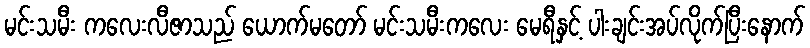
မင်းသမီး ကလေးလီဇာသည် ယောက်မတော် မင်းသမီးကလေး မေရီနှင့် ပါးချင်းအပ်လိုက်ပြီးနောက်